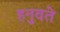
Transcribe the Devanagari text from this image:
हनुवते